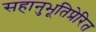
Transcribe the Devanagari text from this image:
सहानुभूतिप्रेरित